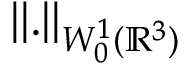
\| . \| _ { W _ { 0 } ^ { 1 } ( { \mathbb R } ^ { 3 } ) }